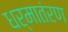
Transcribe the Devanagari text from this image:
धर्मातंरण